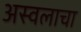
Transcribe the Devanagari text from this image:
अस्वलाचा